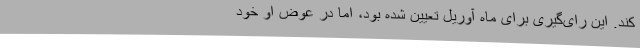
کند. این رای‌گیری برای ماه آوریل تعیین شده بود، اما در عوض او خود